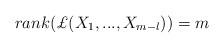
LaTeX: \begin{align*}rank(\pounds (X_{1},...,X_{m-l}))=m \end{align*}